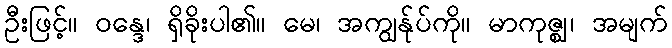
ဦးဖြင့်။ ဝန္ဒေ၊ ရှိခိုးပါ၏။ မေ၊ အကျွန်ုပ်ကို။ မာကုဇ္ဈ၊ အမျက်